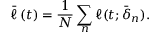
\bar { \ell } \left( t \right) = \frac { 1 } { N } \sum _ { n } \ell ( t ; \bar { \boldsymbol \delta } _ { n } ) .